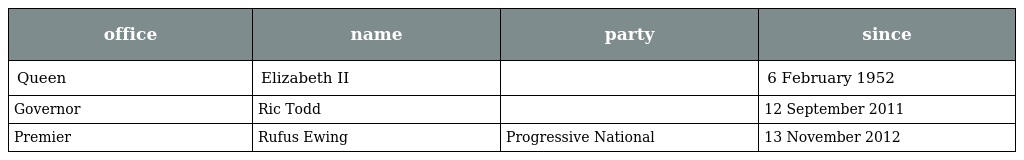
| office | name | party | since |
 | --- | --- | --- | --- |
 | Queen | Elizabeth II |  | 6 February 1952 |
 | Governor | Ric Todd |  | 12 September 2011 |
 | Premier | Rufus Ewing | Progressive National | 13 November 2012 |